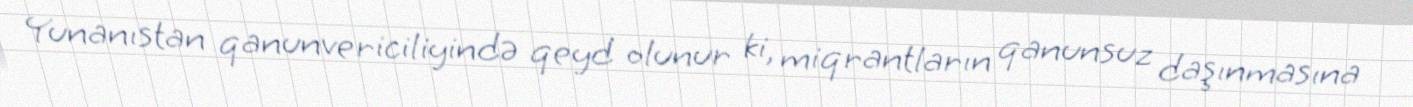
Yunanıstan qanunvericiliyində qeyd olunur ki, miqrantların qanunsuz daşınmasına